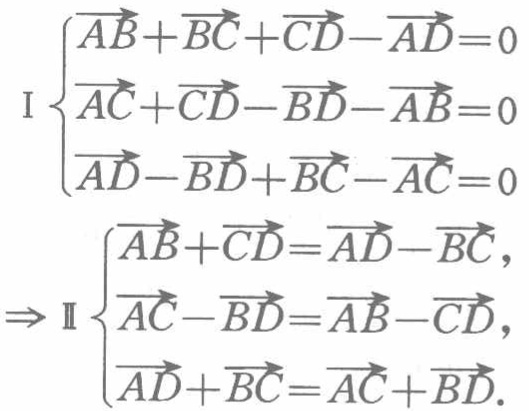
\[
\begin{cases}
\overrightarrow{AB}+\overrightarrow{BC}+\overrightarrow{CD}-\overrightarrow{AD}=0\\
\overrightarrow{AC}+\overrightarrow{CD}-\overrightarrow{BD}-\overrightarrow{AB}=0\\
\overrightarrow{AD}-\overrightarrow{BD}+\overrightarrow{BC}-\overrightarrow{AC}=0
\end{cases}
\Rightarrow
\begin{cases}
\overrightarrow{AB}+\overrightarrow{CD}=\overrightarrow{AD}-\overrightarrow{BC},\\
\overrightarrow{AC}-\overrightarrow{BD}=\overrightarrow{AB}-\overrightarrow{CD},\\
\overrightarrow{AD}+\overrightarrow{BC}=\overrightarrow{AC}+\overrightarrow{BD}.
\end{cases}
\]